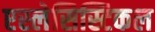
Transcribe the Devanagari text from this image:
एस्लेसिस्टिकल